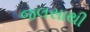
જલસાથી